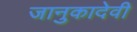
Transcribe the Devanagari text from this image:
जानुकादेवी